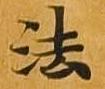
法